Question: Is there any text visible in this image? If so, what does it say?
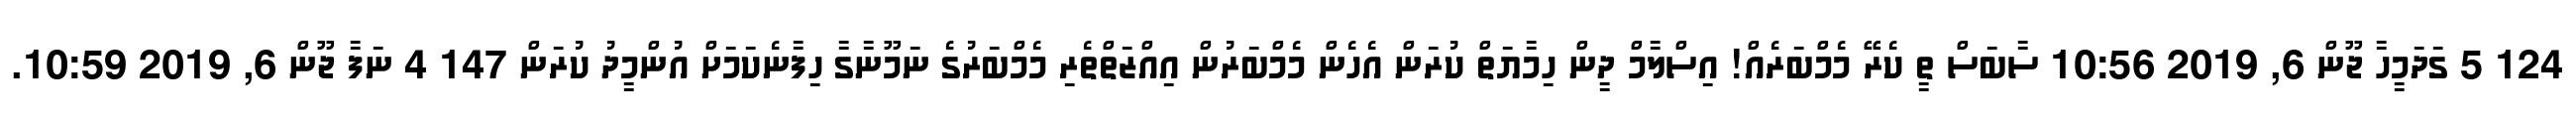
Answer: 124 5 ގަދަމީހާ ޖޫން 6, 2019 10:56 ސާބަސް ތީ ކެރޭ މެމްބަރެއް! އިސްލާމް ދީން ހިމާޔަތް ކުރަން އެހެން މެމްބަރުން އިއްޒަތްތެރި މެމްބަރުގެ ނަމޫނާގާ ހިފާނެކަމަށް އުންމީދު ކުރަން 147 4 ނަފާ ޖޫން 6, 2019 10:59.